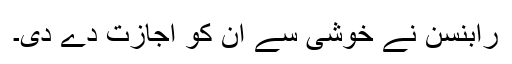
رابنسن نے خوشی سے ان کو اجازت دے دی۔